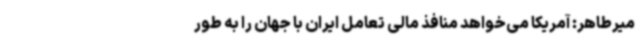
میرطاهر: آمریکا می‌خواهد منافذ مالی تعامل ایران با جهان را به طور